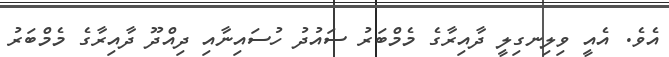
އެވެ. އެއީ ވިލިނގިލީ ދާއިރާގެ މެމްބަރު ސައުދު ހުސައިނާއި ދިއްދޫ ދާއިރާގެ މެމްބަރު